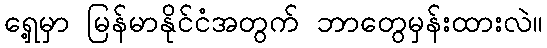
ရှေ့မှာ မြန်မာနိုင်ငံအတွက် ဘာတွေမှန်းထားလဲ။